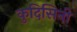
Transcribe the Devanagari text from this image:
कुदिसिनी